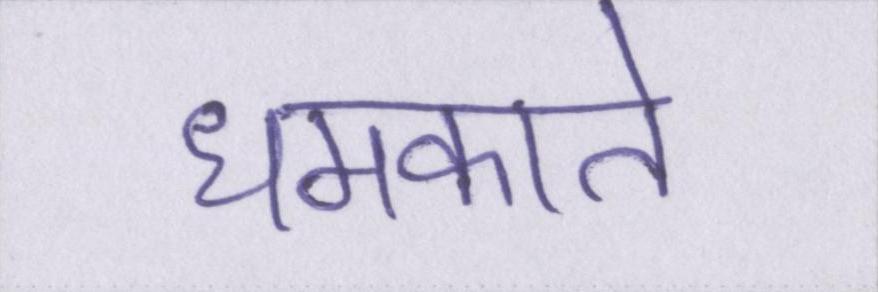
धमकाते